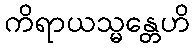
ကိရာယသ္မန္တေဟိ